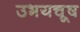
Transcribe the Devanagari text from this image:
उभयचूष